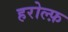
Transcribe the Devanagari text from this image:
हरोल्फ़